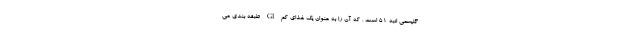
گلیسمی انبه 51 است ، که آن را به عنوان یک غذای کم GI طبقه بندی می